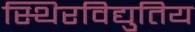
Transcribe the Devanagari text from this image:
स्थिरविद्युतिय